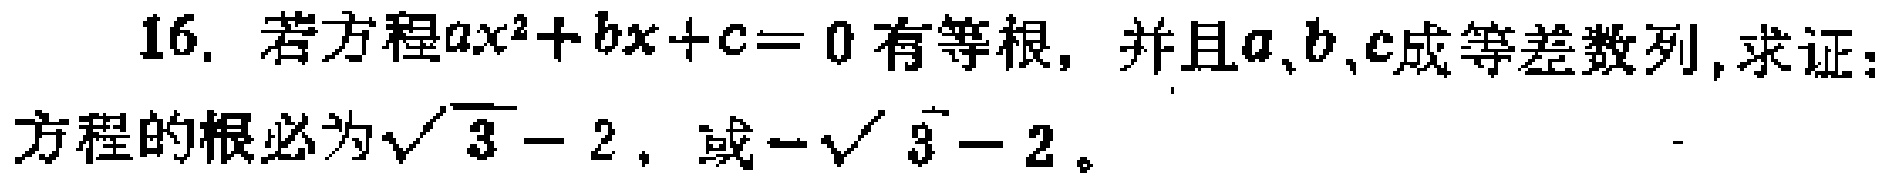
16. 若方程\(ax^{2}+bx + c = 0\)有等根，并且\(a,b,c\)成等差数列，求证：方程的根必为\(\sqrt{3}-2\)，或\(-\sqrt{3}-2\)。